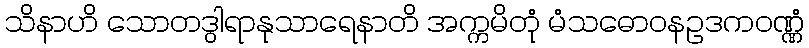
သိနာဟိ သောတဒွါရာနုသာရေနာတိ အက္ကမိတုံ မံသဓောဝနဥဒကဝဏ္ဏံ